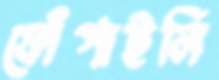
ফোঁপাইলি